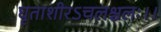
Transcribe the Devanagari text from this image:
घृताशीरऽचलश्चलः।।